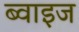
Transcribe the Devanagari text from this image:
ब्वाइज